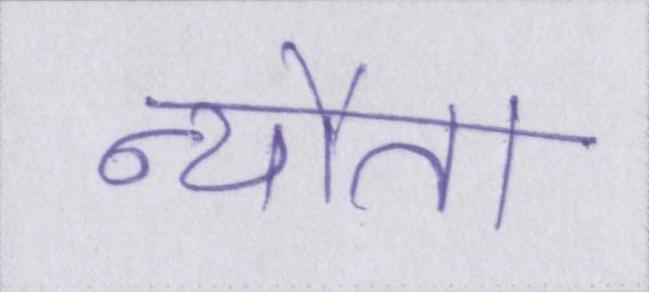
न्यौता